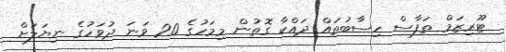
ޓޫރިޒަމް ތަފާސް ހިސާބުތައް ދައްކާ ގޮތުން މިމަހުގެ 20 ވަނަ ދުވަހުގެ ނިޔަލަށް